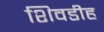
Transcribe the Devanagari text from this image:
शिवडीह